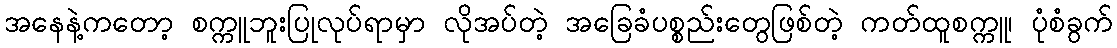
အနေနဲ့ကတော့ စက္ကူဘူးပြုလုပ်ရာမှာ လိုအပ်တဲ့ အခြေခံပစ္စည်းတွေဖြစ်တဲ့ ကတ်ထူစက္ကူ၊ ပုံစံခွက်